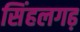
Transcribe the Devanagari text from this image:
सिंहलगढ़